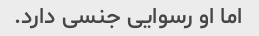
اما او رسوایی جنسی دارد.